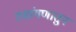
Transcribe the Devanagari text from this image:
रणांगणातुन